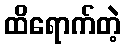
ထိရောက်တဲ့